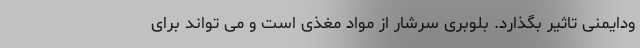
ودایمنی تاثیر بگذارد. بلوبری سرشار از مواد مغذی است و می تواند برای